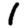
Digit: 1